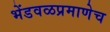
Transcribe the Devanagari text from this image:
भेंडवळप्रमाणेच